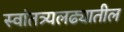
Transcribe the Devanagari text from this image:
स्वांतत्र्यलढ्यातील